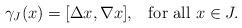
LaTeX: \begin{align*} \gamma_J(x) = [\Delta x,\nabla x], \,\,\,\mbox{ for all } x\in J. \end{align*}